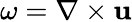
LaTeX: \omega=\nabla\times\mathbf{u}